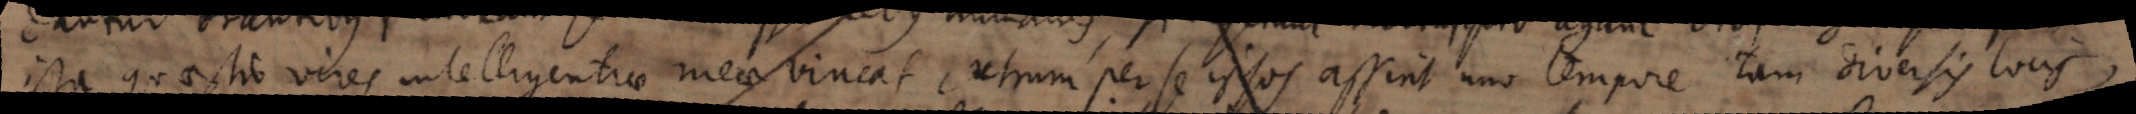
ista quaestio vires intelligentiae meae vincat, utrum per se ipsos assint uno tempore tam diversis locis,